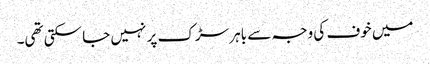
میں خوف کی وجہ سے باہر سڑک پر نہیں جا سکتی تھی۔